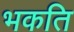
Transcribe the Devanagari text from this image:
भकति